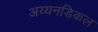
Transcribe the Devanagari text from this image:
अय्यनडिकल